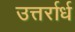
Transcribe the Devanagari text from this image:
उत्तर्रार्ध